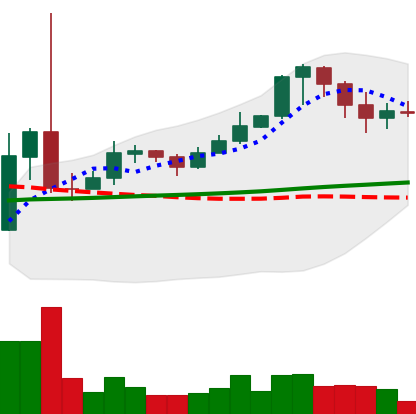
Ticker: XRP-USD
Chart end date: 2021-02-18
Forward return: -11.057%
Label: down_7plus